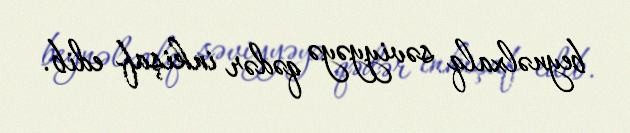
beynəlxalq səviyyəyə qədər inkişaf edib.